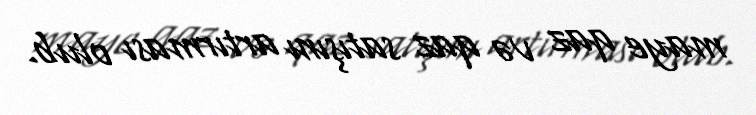
maye qaz və qaz satışını artırması olub.